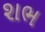
શભ